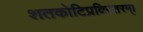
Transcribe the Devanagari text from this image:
शतकोटिप्रविस्तरम्‌।